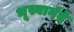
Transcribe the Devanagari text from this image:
भूस्वानंदे